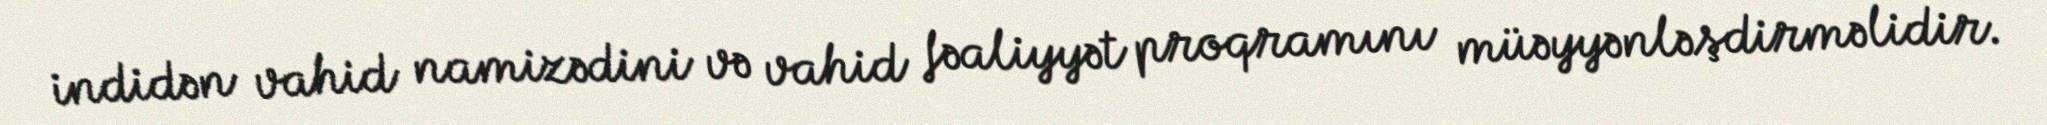
indidən vahid namizədini və vahid fəaliyyət proqramını müəyyənləşdirməlidir.